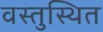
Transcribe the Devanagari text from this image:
वस्तुस्थित